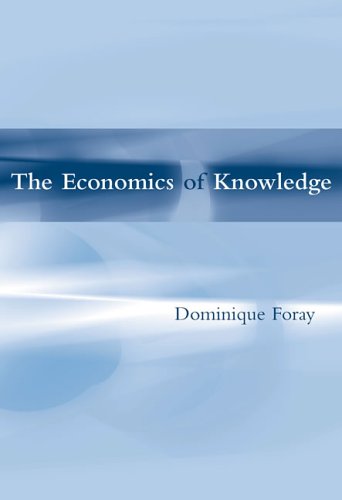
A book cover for The Economics of Knowledge; Dominique Foray; Business & Money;